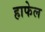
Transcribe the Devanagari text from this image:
हाफेल